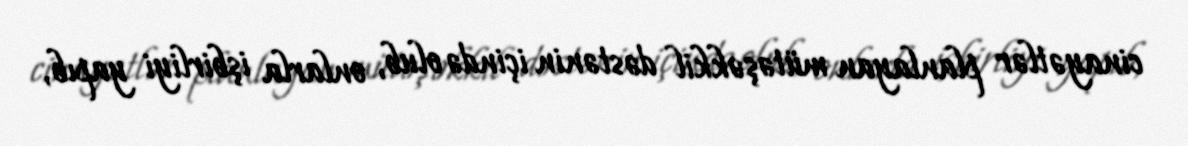
cinayətlər planlayan mütəşəkkil dəstənin içində olub, onlarla işbirliyi yapıb,